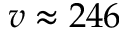
v \approx 2 4 6